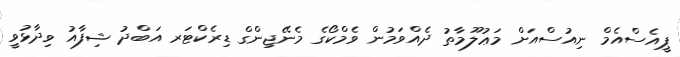
ޕީއެސްއެމް ނިއުސްއަށް މަޢުލޫމާތު ދެއްވަމުން ވެމްކޯގެ މެނޭޖިންގް ޑިރެކްޓަރ އަބްދު ޝިފާއު ވިދާޅުވީ